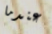
عندما